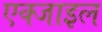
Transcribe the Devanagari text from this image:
एक्जाइल